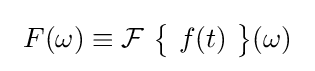
\ F(\omega )\equiv {\mathcal {F}}\ {\bigl \{}\ f(t)\ {\bigr \}}(\omega )\